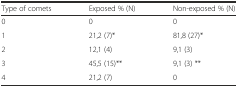
<table><thead><tr><td><b>Type of comets</b></td><td><b>Exposed % (N)</b></td><td><b>Non-exposed % (N)</b></td></tr></thead><tbody><tr><td>0</td><td>0</td><td>0</td></tr><tr><td>1</td><td>21,2 (7)*</td><td>81,8 (27)*</td></tr><tr><td>2</td><td>12,1 (4)</td><td>9,1 (3)</td></tr><tr><td>3</td><td>45,5 (15)**</td><td>9,1 (3) **</td></tr><tr><td>4</td><td>21,2 (7)</td><td>0</td></tr></tbody></table>